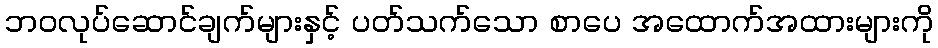
ဘဝလုပ်ဆောင်ချက်များနှင့် ပတ်သက်သော စာပေ အထောက်အထားများကို